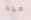
مجد